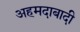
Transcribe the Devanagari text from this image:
अहमदाबादी